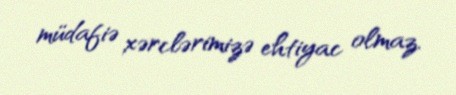
müdafiə xərclərimizə ehtiyac olmaz.